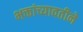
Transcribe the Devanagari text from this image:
भक्तांच्यावतीने